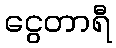
ငွေတာရီ